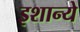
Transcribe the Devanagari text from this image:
इशान्ये